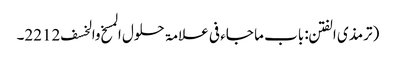
(ترمذی الفتن: باب ما جاء فی علامۃ حلول المسخ والخسف 2212۔